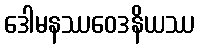
ဒေါမနဿဝေဒနိယဿ